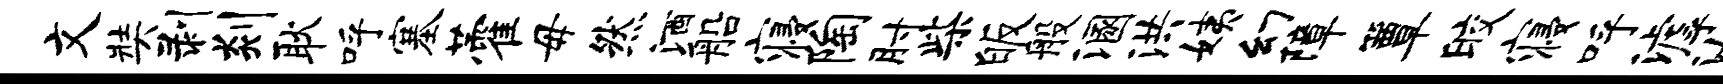
文奘剥剡耿呼塞藿毋然酒船寝陶肘柴皈般溷洪姨幻障簟皎寝呼滹汝